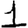
Digit: 1